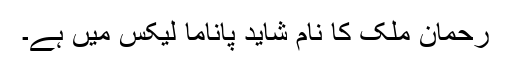
رحمان ملک کا نام شاید پاناما لیکس میں ہے۔